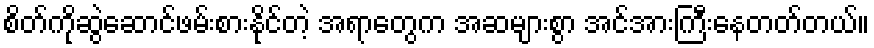
စိတ်ကိုဆွဲဆောင်ဖမ်းစားနိုင်တဲ့ အရာတွေက အဆများစွာ အင်အားကြီးနေတတ်တယ်။